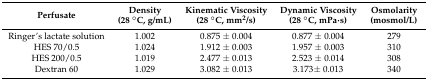
| Perfusate | Density (28 °C, g/mL) | Kinematic Viscosity (28 °C, mm2/s) | Dynamic Viscosity (28 °C, mPa·s) | Osmolarity (mosmol/L) |
 | --- | --- | --- | --- | --- |
 | Ringer’s lactate solution | 1.002 | 0.875 ± 0.004 | 0.877 ± 0.004 | 279 |
 | HES 70/0.5 | 1.024 | 1.912 ± 0.003 | 1.957 ± 0.003 | 310 |
 | HES 200/0.5 | 1.019 | 2.477 ± 0.013 | 2.523 ± 0.014 | 308 |
 | Dextran 60 | 1.029 | 3.082 ± 0.013 | 3.173± 0.013 | 340 |